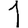
Digit: 1